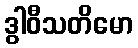
ဒွါဝီသတိမော